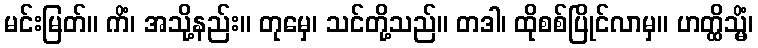
မင်းမြတ်။ ကိံ၊ အသို့နည်း။ တုမှေ၊ သင်တို့သည်။ တဒါ၊ ထိုစစ်ပြိုင်လာမှ။ ဟတ္ထိသ္မိံ၊